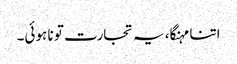
اتنا مہنگا، یہ تجارت تو نا ہوئی۔